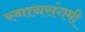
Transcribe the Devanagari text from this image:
स्नानसंगमी